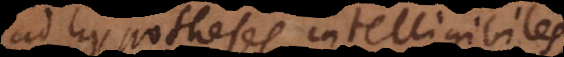
ad hypotheses intelligibiles,